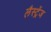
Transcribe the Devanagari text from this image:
लैस्ट्रेंज